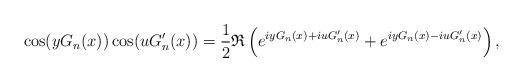
LaTeX: \begin{align*}\cos(y G_n(x))\cos(u G_n'(x))=\frac{1}{2}\mathfrak{R}\left(e^{iy G_n(x)+iu G_n'(x)} + e^{iy G_n(x) - iu G_n'(x)}\right),\end{align*}